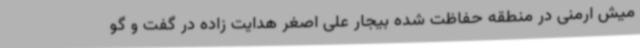
میش ارمنی در منطقه حفاظت شده بیجار علی اصغر هدایت زاده در گفت و گو